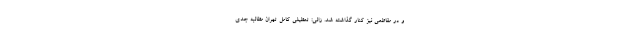
و در مقاطعی نیز کنار گذاشته شد. زالی: تعطیلی کامل تهران مطالبه جدی